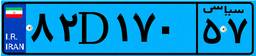
۸۲D۱۷۰۵۷